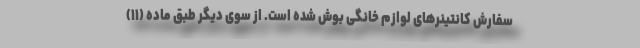
سفارش کانتینرهای لوازم خانگی بوش شده است. از سوی دیگر طبق ماده (۱۱)